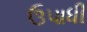
ઉપાધી